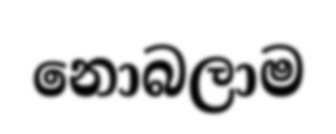
නොබලාම